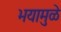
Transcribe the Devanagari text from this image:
भयामुळे